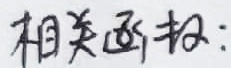
相关函数：